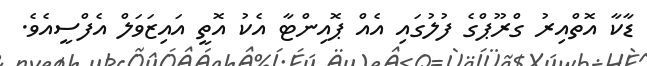
ޑާކާ އޮތްއިރު ގްރޫޕްގެ ފުލުގައި އެއް ޕޮއިންޓާ އެކު އޮތީ އައިޒަވަލް އެފްސީއެވެ.